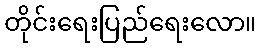
တိုင်းရေးပြည်ရေးလော။